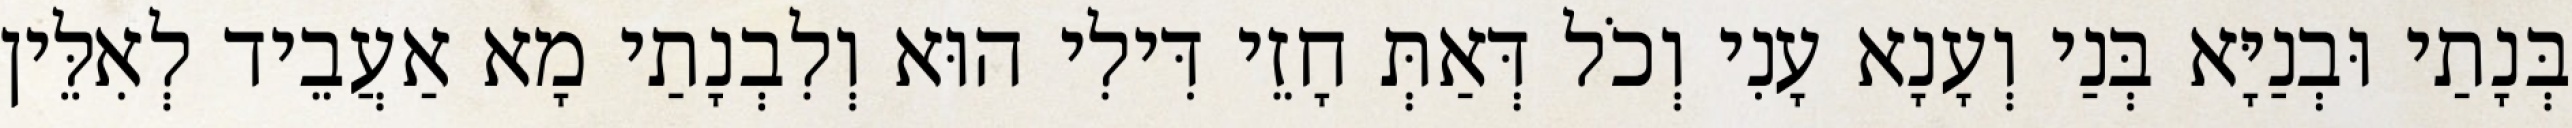
בְּנָתַי וּבְנַיָּא בְּנַי וְעָנָא עָנִי וְכֹל דְּאַתְּ חָזֵי דִּילִי הוּא וְלִבְנָתַי מָא אַעֲבֵיד לְאִלֵּין